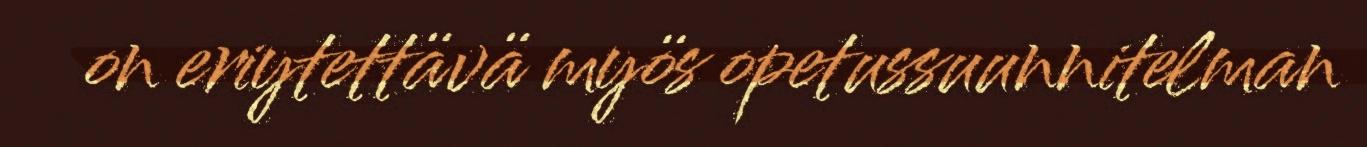
on eriytettävä myös opetussuunnitelman